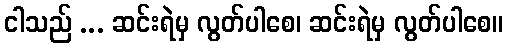
ငါသည် ... ဆင်းရဲမှ လွတ်ပါစေ၊ ဆင်းရဲမှ လွတ်ပါစေ။